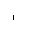
Letter: _alif